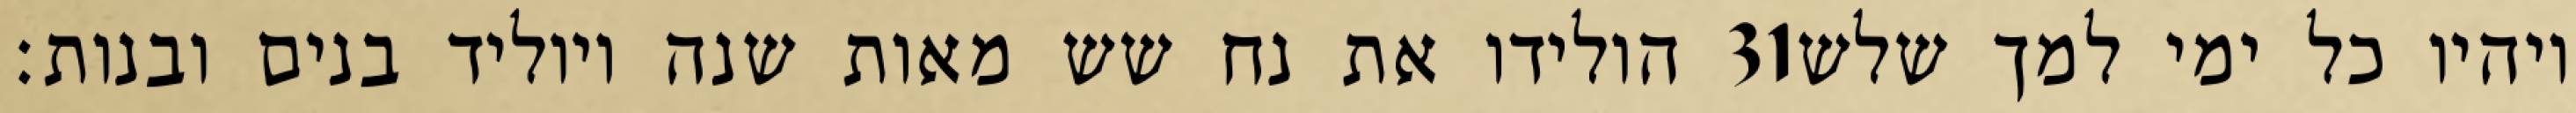
הולידו את נח שש מאות שנה ויוליד בנים ובנות׃ ‎31‏ ויהיו כל ימי למך שלש